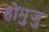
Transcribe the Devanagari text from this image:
होमुजु